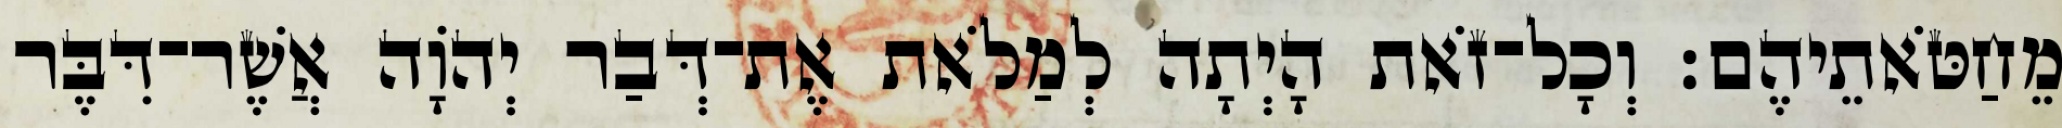
מֵחַטֹּאתֵיהֶם׃ וְכָל־זֹאת הָיְתָה לְמַלֹאת אֶת־דְּבַר יְהוָֹה אֲשֶׁר־דִּבֶּר